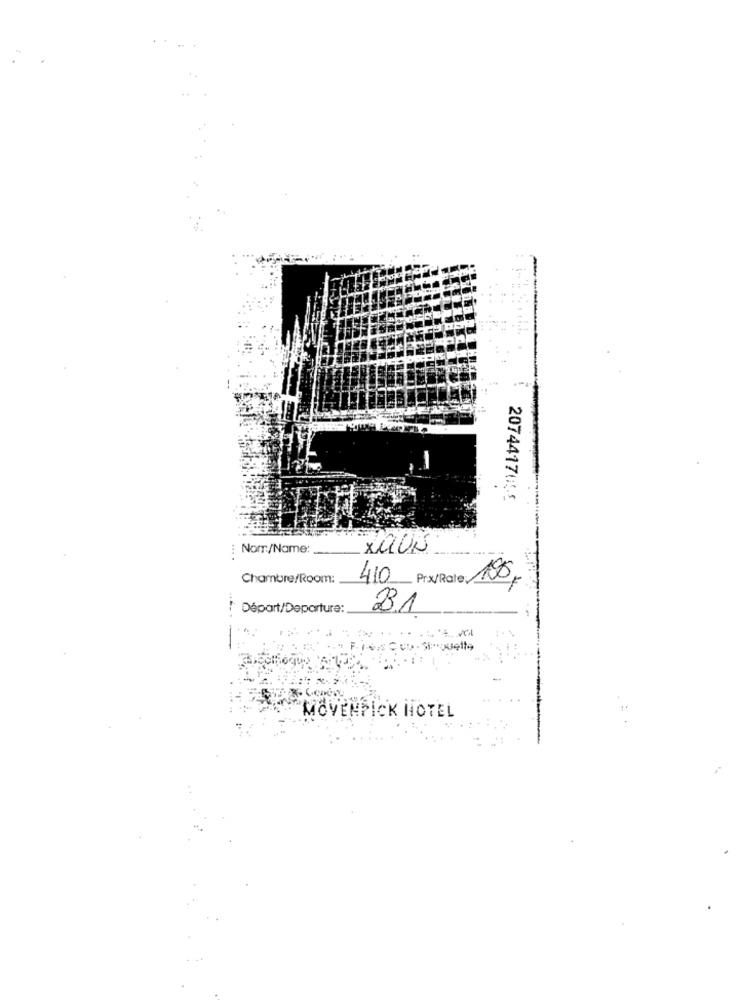
2074417055
Nom/Name:
XaUN
Chambre/Room:
410
Prx/Rate 105,
! Départ/Departure:
2.1
MÖVENPICK HOTEL